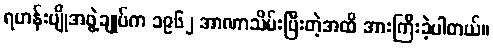
ရဟန်းပျိုအဖွဲ့ချုပ်က ၁၉၆၂ အာဏာသိမ်းပြီးတဲ့အထိ အားကြီးခဲ့ပါတယ်။